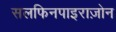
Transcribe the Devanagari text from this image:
सलफिनपाइराज़ोन